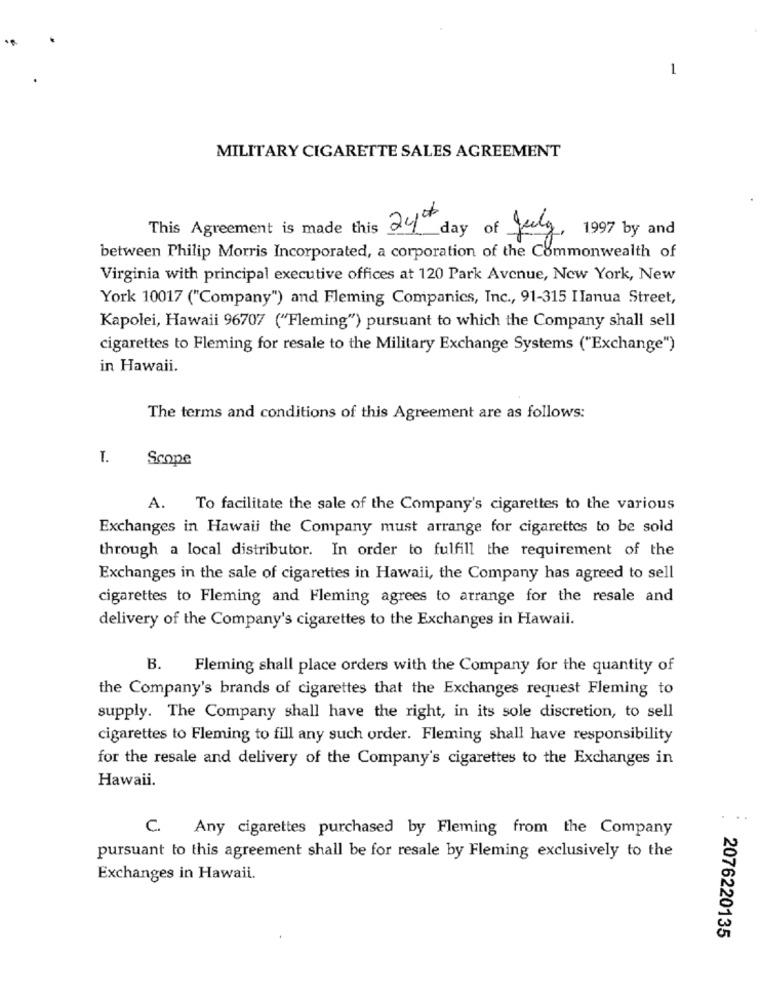
1
MILITARY CIGARETTE SALES AGREEMENT
1997 by and
This Agreement is made this 24 day of July.
between Philip Morris Incorporated, a corporation of the Commonwealth of
Virginia with principal executive offices at 120 Park Avenue, New York, New
York 10017 ("Company") and Fleming Companies, Inc ., 91-315 IIanua Street,
Kapolei, Hawaii 96707 ("Fleming") pursuant to which the Company shall sell
cigarettes to Fleming for resale to the Military Exchange Systems ("Exchange")
in Hawaii.
The terms and conditions of this Agreement are as follows:
T.
Scope
A.
To facilitate the sale of the Company's cigarettes to the various
Exchanges in Hawaii the Company must arrange for cigarettes to be sold
through a local distributor. In order to fulfill the requirement of the
Exchanges in the sale of cigarettes in Hawaii, the Company has agreed to sell
cigarettes to Fleming and Fleming agrees to arrange for the resale and
delivery of the Company's cigarettes to the Exchanges in Hawaii.
B.
Fleming shall place orders with the Company for the quantity of
the Company's brands of cigarettes that the Exchanges request Fleming to
supply. The Company shall have the right, in its sole discretion, to sell
cigarettes to Fleming to fill any such order. Fleming shall have responsibility
for the resale and delivery of the Company's cigarettes to the Exchanges in
Hawaii.
C. Any cigarettes purchased by Fleming from the Company
pursuant to this agreement shall be for resale by Fleming exclusively to the
Exchanges in Hawaii.
2076220135